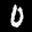
Label: 0